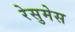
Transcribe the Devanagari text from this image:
रेसुमेस